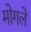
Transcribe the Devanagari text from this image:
मोगले